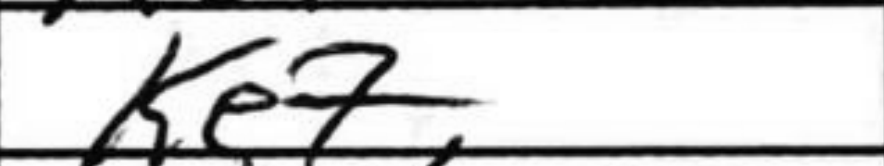
Transcription: Ke7